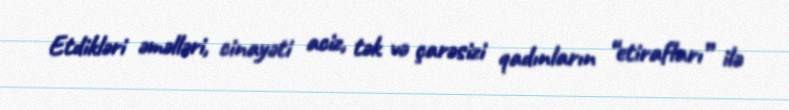
Etdikləri əməlləri, cinayəti aciz, tək və çarəsizi qadınların “etirafları” ilə